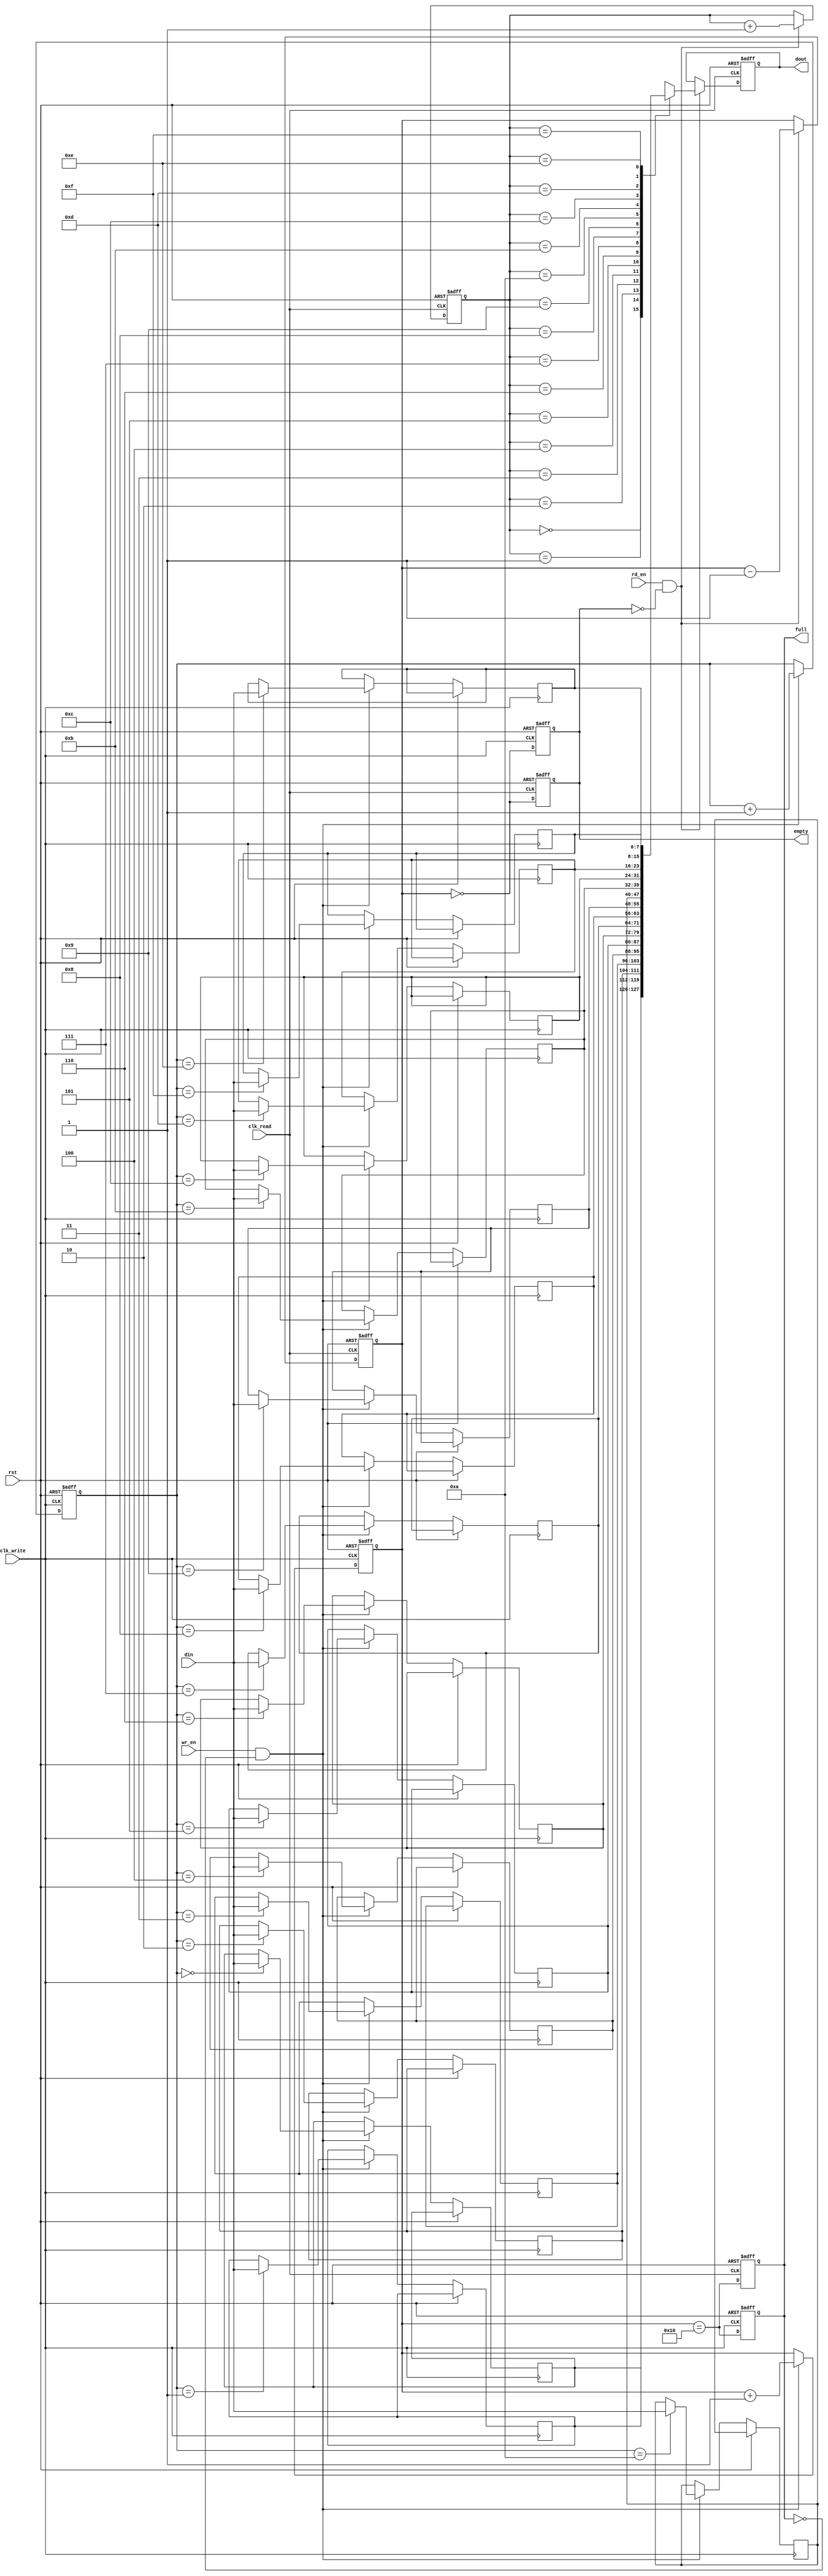
module dual_clk_fifo #(
    parameter DATA_WIDTH = 8,         // Width of the data
    parameter FIFO_DEPTH = 16          // Depth of the FIFO (must be a power of 2 for modulo wrapping)
) (
    input wire clk_write,              // Write clock
    input wire clk_read,               // Read clock
    input wire rst,                    // Asynchronous reset
    input wire wr_en,                  // Write enable
    input wire rd_en,                  // Read enable
    input wire [DATA_WIDTH-1:0] din,   // Data input
    output reg [DATA_WIDTH-1:0] dout,  // Data output
    output reg full,                   // FIFO full flag
    output reg empty                   // FIFO empty flag
);

    // Internal signals for FIFO storage and pointers
    reg [DATA_WIDTH-1:0] fifo_mem [0:FIFO_DEPTH-1];
    reg [$clog2(FIFO_DEPTH)-1:0] wr_ptr;
    reg [$clog2(FIFO_DEPTH)-1:0] rd_ptr;
    reg [$clog2(FIFO_DEPTH):0] count; // Count of entries in FIFO

    // Reset and initialization
    always @(posedge clk_write or posedge rst) begin
        if (rst) begin
            wr_ptr <= 0;
            count <= 0;
            full <= 0;
            empty <= 1;
        end else begin
            if (wr_en && !full) begin
                fifo_mem[wr_ptr] <= din; // Write data to FIFO
                wr_ptr <= wr_ptr + 1;    // Increment write pointer
                count <= count + 1;      // Update count
            end
            // Update full flag
            full <= (count == FIFO_DEPTH);
            empty <= (count == 0);
        end
    end

    // Read logic
    always @(posedge clk_read or posedge rst) begin
        if (rst) begin
            rd_ptr <= 0;
            dout <= 0; // Clear data output
            full <= 0; // Prevent undefined status for full after reset
            empty <= 1;
            count <= 0; // Reset count
        end else begin
            if (rd_en && !empty) begin
                dout <= fifo_mem[rd_ptr]; // Read data from FIFO
                rd_ptr <= rd_ptr + 1;      // Increment read pointer
                count <= count - 1;        // Update count
            end
            // Update full and empty flags
            full <= (count == FIFO_DEPTH);
            empty <= (count == 0);
        end
    end

endmodule